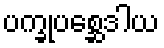
ပက္ခုပစ္ဆေဒါယ